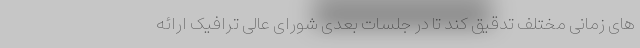
های زمانی مختلف تدقیق کند تا در جلسات بعدی شورای عالی ترافیک ارائه